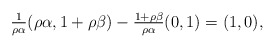
\begin{align*}\textstyle\frac{1}{\rho \alpha}(\rho \alpha,1+\rho \beta) - \frac{1 + \rho \beta}{\rho \alpha} (0,1) = (1,0),\end{align*}